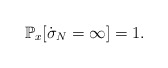
\begin{align*}\mathbb{P}_{x}[\dot{\sigma}_{N}=\infty]=1.\end{align*}